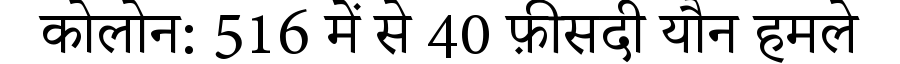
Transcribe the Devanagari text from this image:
कोलोन: 516 में से 40 फ़ीसदी यौन हमले